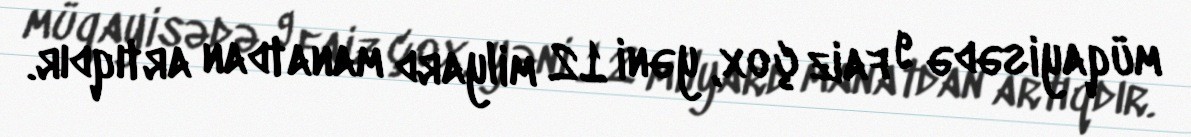
müqayisədə 9 faiz çox, yəni 12 milyard manatdan artıqdır.